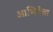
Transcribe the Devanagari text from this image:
आभिनेता